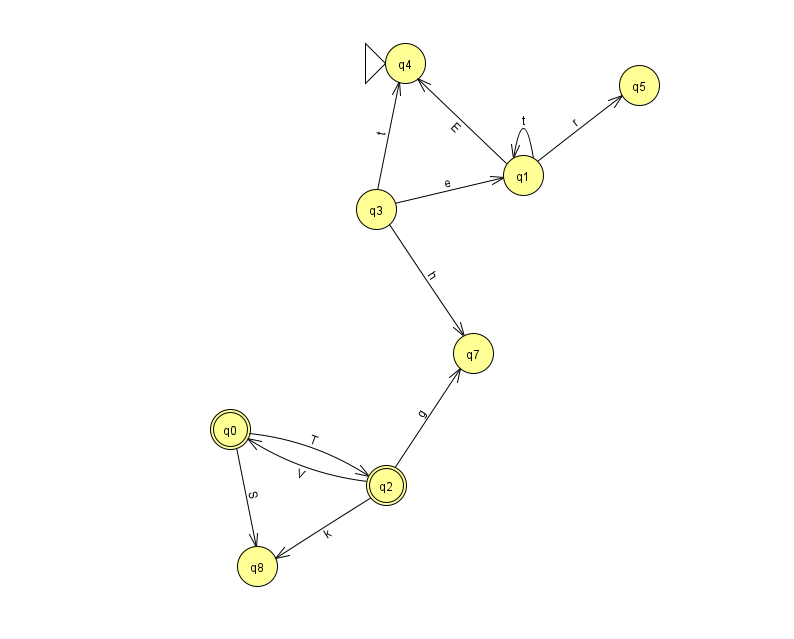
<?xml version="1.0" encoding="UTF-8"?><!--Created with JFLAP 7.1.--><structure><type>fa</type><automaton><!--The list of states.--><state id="0" name="q0"><x>230.0</x><y>416.0</y><final/></state><state id="1" name="q1"><x>523.0</x><y>162.0</y></state><state id="2" name="q2"><x>386.0</x><y>472.0</y><final/></state><state id="3" name="q3"><x>376.0</x><y>196.0</y></state><state id="4" name="q4"><x>405.0</x><y>50.0</y><initial/></state><state id="5" name="q5"><x>639.0</x><y>72.0</y></state><state id="7" name="q7"><x>473.0</x><y>340.0</y></state><state id="8" name="q8"><x>257.0</x><y>553.0</y></state><!--The list of transitions.--><transition><from>0</from><to>8</to><read>S</read></transition><transition><from>2</from><to>8</to><read>k</read></transition><transition><from>1</from><to>4</to><read>E</read></transition><transition><from>1</from><to>5</to><read>r</read></transition><transition><from>3</from><to>1</to><read>e</read></transition><transition><from>1</from><to>1</to><read>t</read></transition><transition><from>3</from><to>4</to><read>t</read></transition><transition><from>3</from><to>7</to><read>h</read></transition><transition><from>0</from><to>2</to><read>T</read></transition><transition><from>2</from><to>7</to><read>g</read></transition><transition><from>2</from><to>0</to><read>V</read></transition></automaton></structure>